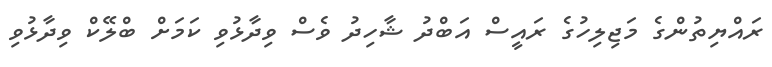
ރައްޔިތުންގެ މަޖިލިހުގެ ރައީސް އަބްދު ޝާހިދު ވެސް ވިދާޅުވި ކަމަށް ބްލޭކް ވިދާޅުވި